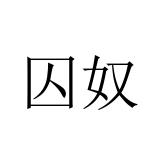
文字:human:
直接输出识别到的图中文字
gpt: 囚奴